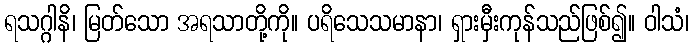
ရသဂ္ဂါနိ၊ မြတ်သော အရသာတို့ကို။ ပရိသေသမာနာ၊ ရှားမှီးကုန်သည်ဖြစ်၍။ ဝါသံ၊